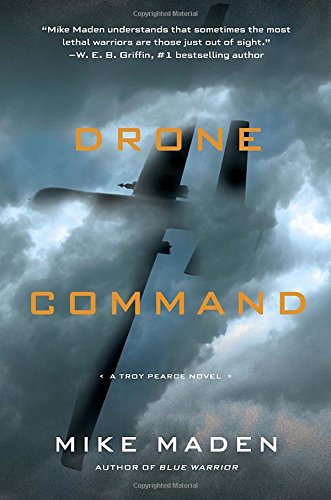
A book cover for Drone Command (A Troy Pearce Novel); Mike Maden; Literature & Fiction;